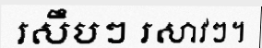
រសឹបៗ រសាវៗ។